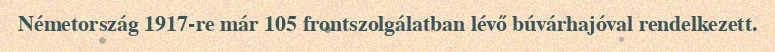
Németország 1917-re már 105 frontszolgálatban lévő búvárhajóval rendelkezett.